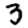
Digit: 3